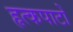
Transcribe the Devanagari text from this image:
हृत्कपाटों